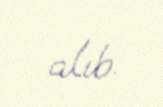
alıb.